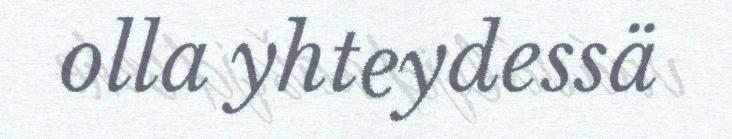
olla yhteydessä